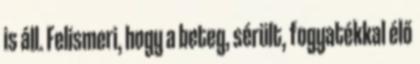
is áll. Felismeri, hogy a beteg, sérült, fogyatékkal élő